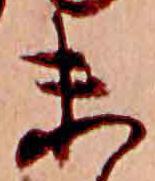
末